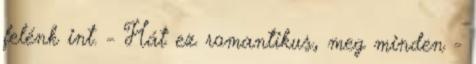
felénk int. - Hát ez romantikus, meg minden -